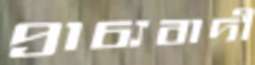
প্রাচ্যবাদী